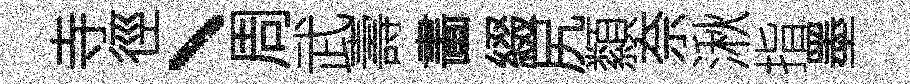
寺徑、周武壽畵綴尻纇奈湫指墨